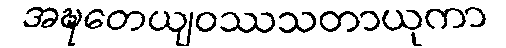
အဍ္ဎတေယျဝဿသတာယုကာ